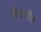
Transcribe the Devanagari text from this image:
जैवलीन